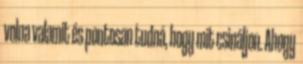
volna valamit és pontosan tudná, hogy mit csináljon. Ahogy